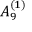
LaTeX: { A } _ { 9 } ^ { ( 1 ) }